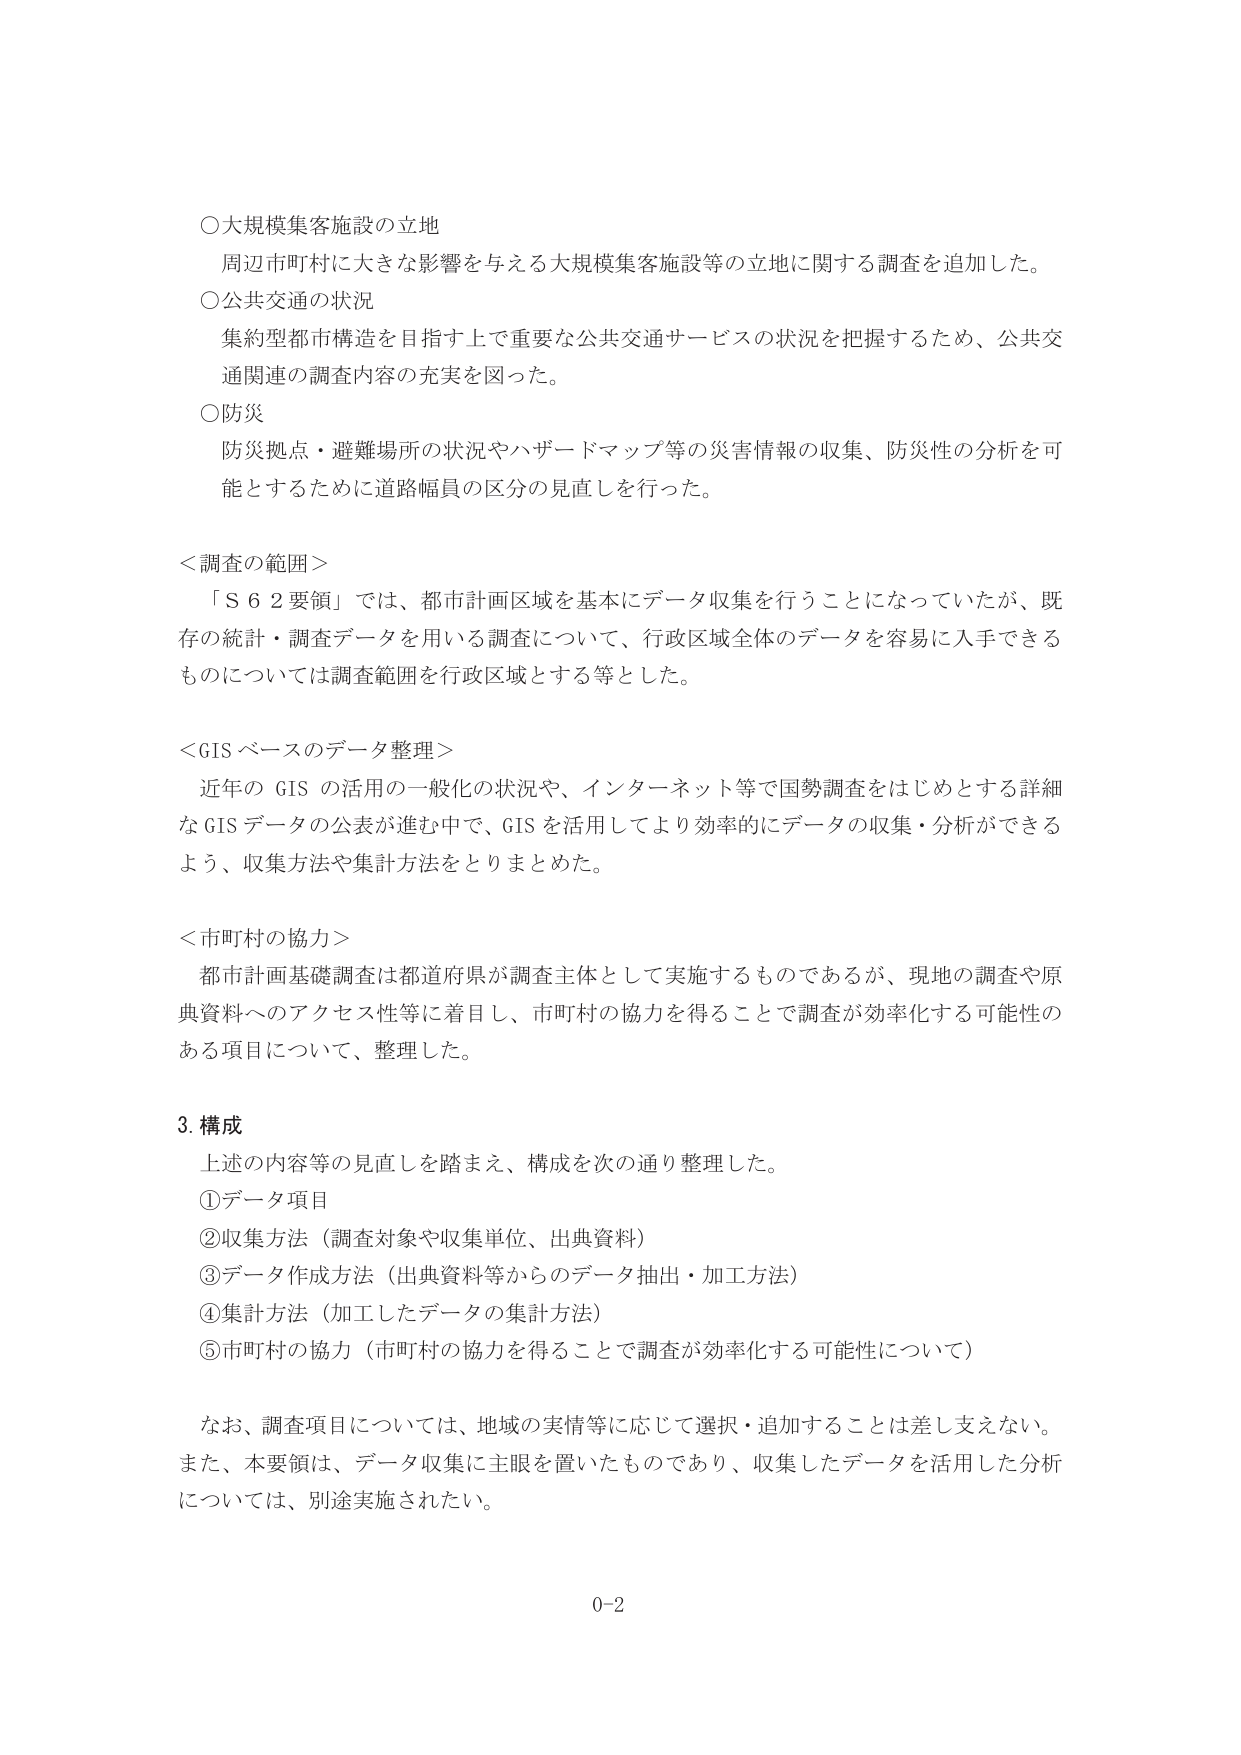
○大規模集客施設の立地
周辺市町村に大きな影響を与える大規模集客施設等の立地に関する調査を追加した。

○公共交通の状況
集約型都市構造を目指す上で重要な公共交通サービスの状況を把握するため、公共交通関連の調査内容の充実を図った。

○防災
防災拠点・避難場所の状況やハザードマップ等の災害情報の収集、防災性の分析を可能とするために道路幅員の区分の見直しを行った。

＜調査の範囲＞
「Ｓ６２要領」では、都市計画区域を基本にデータ収集を行うことになっていたが、既存の統計・調査データを用いる調査について、行政区域全体のデータを容易に入手できるものについては調査範囲を行政区域とする等とした。

＜GIS ベースのデータ整理＞
近年の GIS の活用の一般化の状況や、インターネット等で国勢調査をはじめとする詳細な GIS データの公表が進む中で、GIS を活用してより効率的にデータの収集・分析ができるよう、収集方法や集計方法をとりまとめた。

＜市町村の協力＞
都市計画基礎調査は都道府県が調査主体として実施するものであるが、現地の調査や原典資料へのアクセス性等に着目し、市町村の協力を得ることで調査が効率化する可能性のある項目について、整理した。

3. 構成
上述の内容等の見直しを踏まえ、構成を次の通り整理した。
①データ項目
②収集方法（調査対象や収集単位、出典資料）
③データ作成方法（出典資料等からのデータ抽出・加工方法）
④集計方法（加工したデータの集計方法）
⑤市町村の協力（市町村の協力を得ることで調査が効率化する可能性について）

なお、調査項目については、地域の実情等に応じて選択・追加することは差し支えない。
また、本要領は、データ収集に主眼を置いたものであり、収集したデータを活用した分析については、別途実施されたい。

0-2